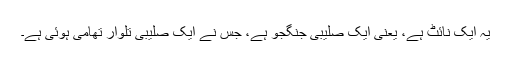
یہ ایک نائٹ ہے، یعنی ایک صلیبی جنگجو ہے، جس نے ایک صلیبی تلوار تھامی ہوئی ہے۔